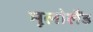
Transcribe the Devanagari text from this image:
मूलोलैंड